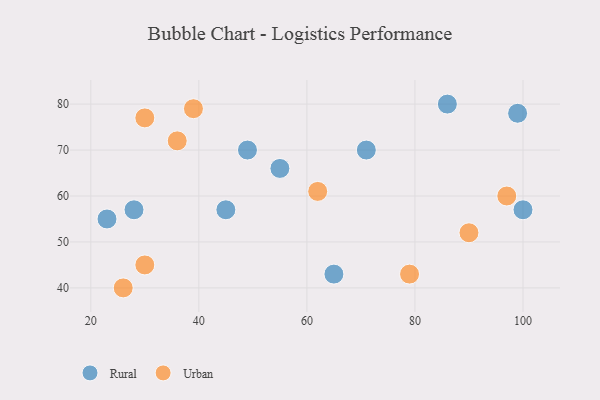
{"axis": {"x": "GDP", "y": "Life Expectancy"}, "legend": ["Rural", "Urban"], "data": [{"x": "49", "y": 70, "type": "Rural"}, {"x": "86", "y": 80, "type": "Rural"}, {"x": "45", "y": 57, "type": "Rural"}, {"x": "28", "y": 57, "type": "Rural"}, {"x": "65", "y": 43, "type": "Rural"}, {"x": "71", "y": 70, "type": "Rural"}, {"x": "23", "y": 55, "type": "Rural"}, {"x": "100", "y": 57, "type": "Rural"}, {"x": "99", "y": 78, "type": "Rural"}, {"x": "55", "y": 66, "type": "Rural"}, {"x": "30", "y": 77, "type": "Urban"}, {"x": "26", "y": 40, "type": "Urban"}, {"x": "62", "y": 61, "type": "Urban"}, {"x": "30", "y": 45, "type": "Urban"}, {"x": "97", "y": 60, "type": "Urban"}, {"x": "39", "y": 79, "type": "Urban"}, {"x": "90", "y": 52, "type": "Urban"}, {"x": "79", "y": 43, "type": "Urban"}, {"x": "36", "y": 72, "type": "Urban"}]}